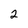
Character: 2